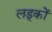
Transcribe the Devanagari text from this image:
लड्कों